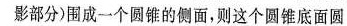
影部分)围成一个圆锥的侧面，则这个圆锥底面